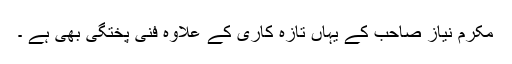
مکرم نیاز صاحب کے یہاں تازہ کاری کے علاوہ فنی پختگی بھی ہے ۔